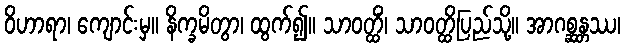
ဝိဟာရာ၊ ကျောင်းမှ။ နိက္ခမိတွာ၊ ထွက်၍။ သာဝတ္ထိံ၊ သာဝတ္ထိပြည်သို့။ အာဂစ္ဆန္တဿ၊